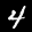
Label: 4